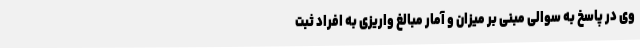
وی در پاسخ به سوالی مبنی بر میزان و آمار مبالغ واریزی به افراد ثبت